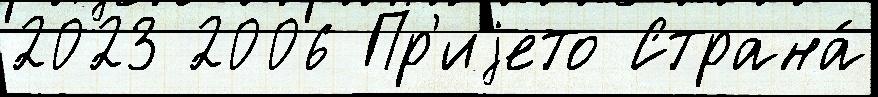
2023 2006 Пр'иjето Страна́